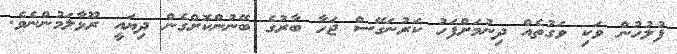
ފުލުހުން ވަކި ވަގުތެއް ދިނުމަށްފަހު ކަރުނަގޭސް ޖަހާ ބާރުގެ ބޭނުންކޮށްގެން ދިޔައީ ރޫޅާލަމުންނެވެ.